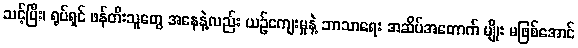
သင့်ပြီး၊ ရုပ်ရှင် ဖန်တီးသူတွေ အနေနဲ့လည်း ယဉ်ကျေးမှုနဲ့ ဘာသာရေး အဆိပ်အတောက် မျိုး မဖြစ်အောင်